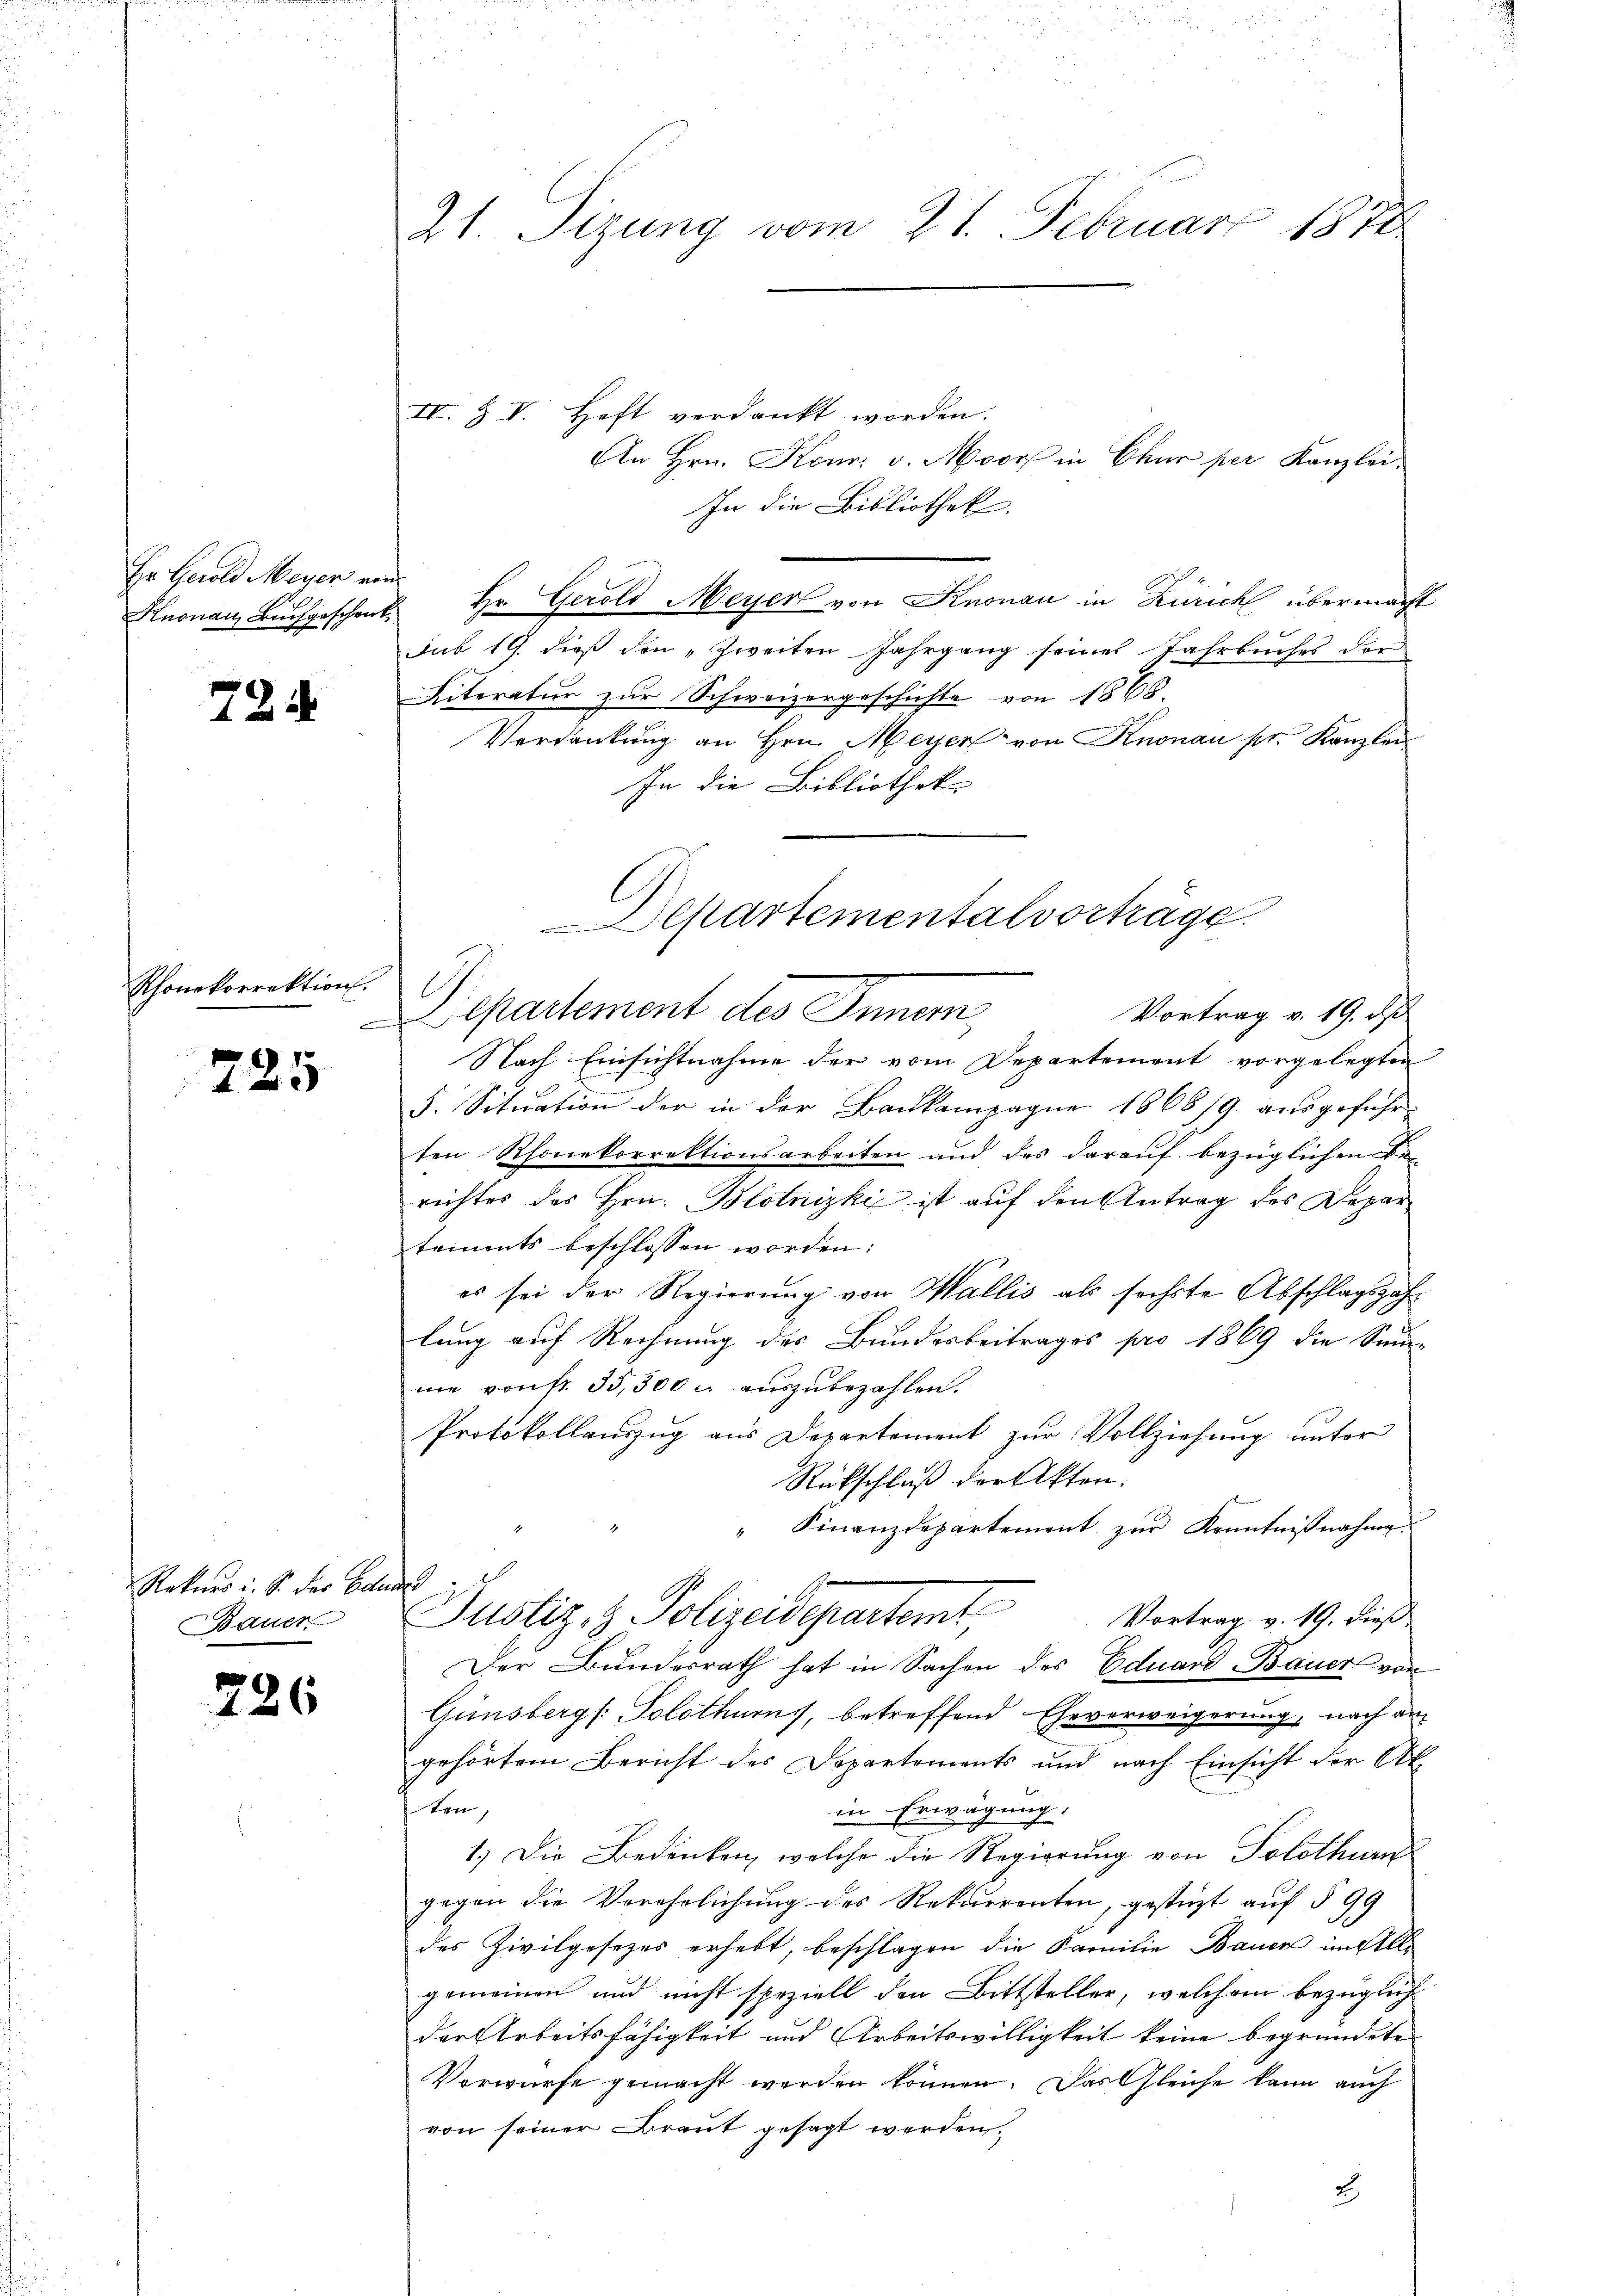
Hr. Gerold Meyer von

724

Rhonekorrektion

225

Rekurs i. S. der Eduard
Bauer

226

21. Sizung vom 21. Februar 1878

IV. Z V. Heft verdankt worden.
An Hrn. Konn. v. Moor in Chur per Kanzlei,
In die Bibliothek.
Knonau Buchgeschenk. Hr. Gerold Meyer von Knonau in Zürich übermacht
Sub 19. dieß den „Zweiten Jahrgang seines Jahrbuches der
Literatur zur Schweizergeschichte von 1868.
Verdankung an Hrn. Meyer von Knonau pr. Kanzlei
In die Bibliothek
Vortrag v. 19. ds
Departement des Inner,
Nach Einsichtnahme der vom Departement vorgelegten
5. Sitŭation der in der Bankampagne 1868/9 aŭsgeführ-
ten Rhonekorrektionsarbeiten und des darauf bezüglichen Be-
richtes des Hrn. Blotnizki ist auf den Antrag des Depar
tements beschlossen worden:
es sei der Regierung von Wallis als sechste Abschlagszahlung auf Rechnung des Bundesbeitrages pro 1869 die Summe
me von fr. 35,300 u aŭszŭbezahlen.
Protokollauszug aus Departement zur Vollziehung unter
Rückschluß der Akten.
" Finanzdepartement zŭr Kenntniβnahme.
Justiz- & Polizeidepartemt, Vortrag v. 19. dies
Der Bundesrath hat in Sachen des Eduard Bauer von
Günsberg (: Solothurns, betreffend Eheverweigerung, nach angehörtem Bericht des Departements und nach Einsicht der Ak
ten
in Erwägung.
1.) Die Bedenken, welche die Regierung von Solothurn
gegen die Verehrlichung des Rekurrenten, gestüzt auf § 99
des Zivilgesezes erhebt, beschlagen die Familie Bauer im Alle
gemeinen und nicht speziell den Bittsteller, welchem bezüglich
der Arbeitsfähigkeit und Arbeitswilligkeit keine begründete
Vorwürfe gemacht werden können. Das Gleiche kann auch
von seiner Braut gesagt werden.
2.

Departementalvorträge.